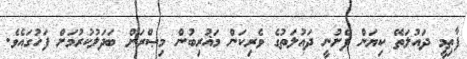
ފާޠިމީ ދައުލަތޭ ކިޔަން ފެށުނީ ދައުލަތުގެ ވެރިކަން މަޣުރިބުން މިޞްރަށް ބަދަލުކުރުމަށް ފަހުގައެވެ.